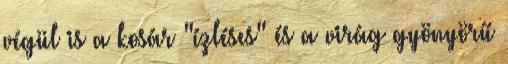
végül is a kosár "ízléses" és a virág gyönyörű